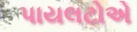
પાયલટોએ